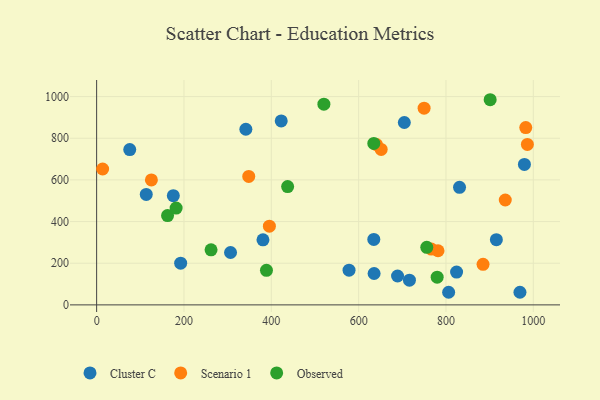
{"axis": {"x": "Investment", "y": "Fuel Efficiency"}, "legend": ["Cluster C", "Observed", "Scenario 1"], "data": [{"x": "341.7", "y": 843.2, "type": "Cluster C"}, {"x": "634.7", "y": 314.0, "type": "Cluster C"}, {"x": "380.9", "y": 312.2, "type": "Cluster C"}, {"x": "806.1", "y": 60.5, "type": "Cluster C"}, {"x": "113.6", "y": 530.3, "type": "Cluster C"}, {"x": "306.6", "y": 251.4, "type": "Cluster C"}, {"x": "422.7", "y": 883.3, "type": "Cluster C"}, {"x": "979.6", "y": 674.4, "type": "Cluster C"}, {"x": "704.6", "y": 875.6, "type": "Cluster C"}, {"x": "689.1", "y": 138.6, "type": "Cluster C"}, {"x": "969.4", "y": 60.5, "type": "Cluster C"}, {"x": "75.8", "y": 745.7, "type": "Cluster C"}, {"x": "635.4", "y": 150.7, "type": "Cluster C"}, {"x": "824.3", "y": 157.3, "type": "Cluster C"}, {"x": "716.3", "y": 118.6, "type": "Cluster C"}, {"x": "192.4", "y": 200.0, "type": "Cluster C"}, {"x": "915.4", "y": 313.2, "type": "Cluster C"}, {"x": "831.0", "y": 564.4, "type": "Cluster C"}, {"x": "175.6", "y": 524.2, "type": "Cluster C"}, {"x": "578.0", "y": 166.8, "type": "Cluster C"}, {"x": "125.4", "y": 599.9, "type": "Scenario 1"}, {"x": "781.8", "y": 259.8, "type": "Scenario 1"}, {"x": "640.9", "y": 769.8, "type": "Scenario 1"}, {"x": "884.9", "y": 194.9, "type": "Scenario 1"}, {"x": "348.3", "y": 616.8, "type": "Scenario 1"}, {"x": "395.6", "y": 377.7, "type": "Scenario 1"}, {"x": "766.5", "y": 267.8, "type": "Scenario 1"}, {"x": "651.6", "y": 746.2, "type": "Scenario 1"}, {"x": "935.8", "y": 503.6, "type": "Scenario 1"}, {"x": "749.9", "y": 944.4, "type": "Scenario 1"}, {"x": "13.7", "y": 652.3, "type": "Scenario 1"}, {"x": "982.7", "y": 851.3, "type": "Scenario 1"}, {"x": "986.4", "y": 770.5, "type": "Scenario 1"}, {"x": "756.0", "y": 276.4, "type": "Observed"}, {"x": "901.2", "y": 984.9, "type": "Observed"}, {"x": "262.0", "y": 264.4, "type": "Observed"}, {"x": "779.8", "y": 133.1, "type": "Observed"}, {"x": "162.4", "y": 428.8, "type": "Observed"}, {"x": "437.4", "y": 568.1, "type": "Observed"}, {"x": "388.9", "y": 166.0, "type": "Observed"}, {"x": "520.4", "y": 963.5, "type": "Observed"}, {"x": "634.7", "y": 775.1, "type": "Observed"}, {"x": "182.0", "y": 464.9, "type": "Observed"}]}